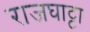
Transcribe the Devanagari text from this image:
राजघाट्टा